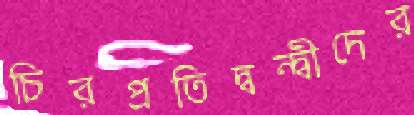
চিরপ্রতিদ্বন্দ্বীদের